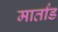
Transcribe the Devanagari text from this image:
मार्तांड